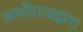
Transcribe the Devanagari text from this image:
अर्णोराजद्वारा